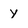
Character: y